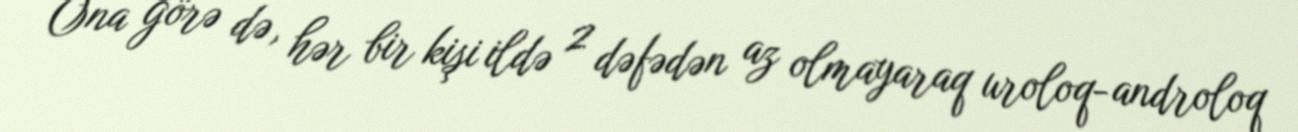
Ona görə də, hər bir kişi ildə 2 dəfədən az olmayaraq uroloq-androloq